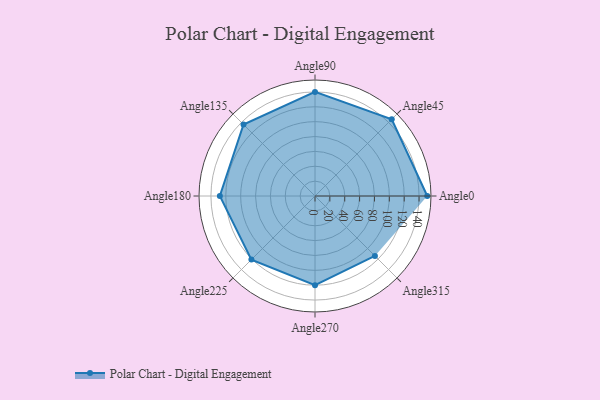
{"axis": {"x": "Angle", "y": "Radius"}, "legend": [""], "data": [{"x": "Angle0", "y": 151.0, "type": ""}, {"x": "Angle45", "y": 146.0, "type": ""}, {"x": "Angle90", "y": 140.0, "type": ""}, {"x": "Angle135", "y": 136.0, "type": ""}, {"x": "Angle180", "y": 128.0, "type": ""}, {"x": "Angle225", "y": 121.0, "type": ""}, {"x": "Angle270", "y": 120.0, "type": ""}, {"x": "Angle315", "y": 114.0, "type": ""}]}